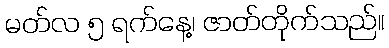
မတ်လ ၅ ရက်နေ့၊ ဇာတ်တိုက်သည်။